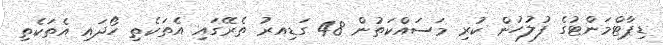
ޑިޕާޓްމަންޓުގެ ފުލުހުން ކުރި މަސައްކަތުން 48 ގަޑިއރު ތެރޭގައި އެތަކެތި ހޯދައި އެތަކެތި